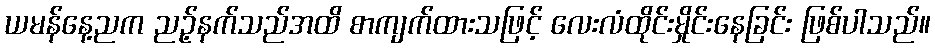
ယမန်နေ့ညက ညဉ့်နက်သည်အထိ စာကျက်ထားသဖြင့် လေးလံထိုင်းမှိုင်းနေခြင်း ဖြစ်ပါသည်။